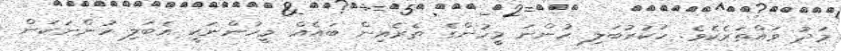
މަދު ވައްތަރެކެވެ. ހަކުރުބަލި ހުންނަ މީހުންގެ ތެރެއިން ބައެއް މީހުންނަކީ އެބަލި ހުންނަކަން